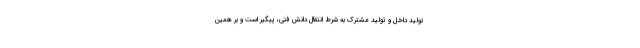
تولید داخل و تولید مشترک به شرط انتقال دانش فنی، پیگیر است و بر همین